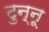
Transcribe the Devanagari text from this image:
टुन्नू